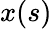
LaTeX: x(s)